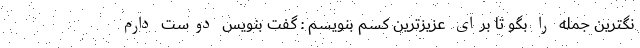
نگترین جمله را بگو تا برای عزیزترین کسم بنویسم : گفت بنویس دوست دارم